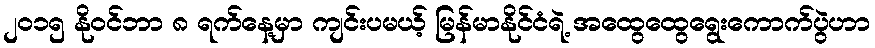
၂ဝ၁၅ နိုဝင်ဘာ ၈ ရက်နေ့မှာ ကျင်းပမယ့် မြန်မာနိုင်ငံရဲ့ အထွေထွေရွေးကောက်ပွဲဟာ